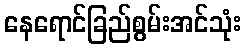
နေရောင်ခြည်စွမ်းအင်သုံး